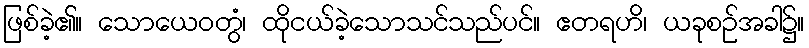
ဖြစ်ခဲ့၏။ သောယေဝတွံ၊ ထိုငယ်ခဲ့သောသင်သည်ပင်။ ဧတရဟိ၊ ယခုစဉ်အခါ၌။